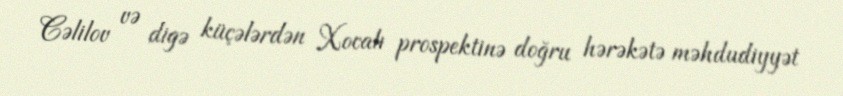
Cəlilov və digə küçələrdən Xocalı prospektinə doğru hərəkətə məhdudiyyət